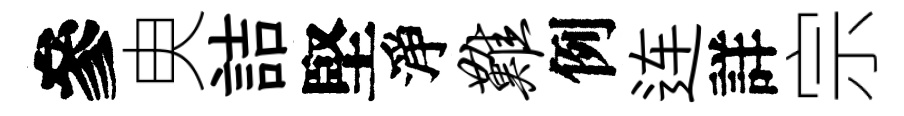
參㬰詰堅淨难例连詳宗